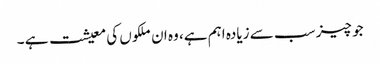
جو چیز سب سے زیادہ اہم ہے، وہ ان ملکوں کی معیشت ہے ۔